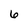
Character: 6